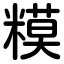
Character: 糢